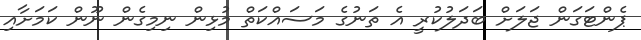
ޕެންޓަގަން ޖަލަށް ބަދަލުކުރީ އެ ތަނުގެ މަސައްކަތް މުޅިން ނިމިގެން ނޫން ކަމަށާއި